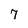
Character: 7